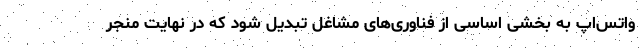
واتس‌اپ به بخشی اساسی از فناوری‌های مشاغل تبدیل شود که در نهایت منجر